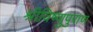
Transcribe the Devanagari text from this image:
श्रीविष्णुपुराण